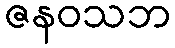
ဇနဝသဘ